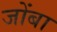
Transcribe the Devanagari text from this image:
जोंबा